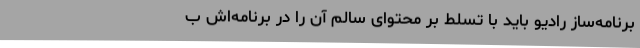
برنامه‌ساز رادیو باید با تسلط بر محتوای سالم آن را در برنامه‌اش ب